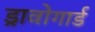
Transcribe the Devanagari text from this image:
ड्रावोगार्ड